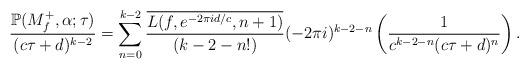
LaTeX: \begin{align*}\frac{\mathbb{P} ( M_f^+, \alpha; \tau)}{(c \tau + d)^{k-2}}= \sum_{n=0}^{k-2} \frac{\overline{L(f, e^{- 2 \pi i d/c}, n+1)}}{(k-2-n!)} (- 2 \pi i )^{k-2-n} \left( \frac{1}{c^{k-2-n} (c \tau + d)^n} \right).\end{align*}